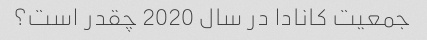
جمعیت کانادا در سال 2020 چقدر است؟